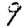
Digit: 9